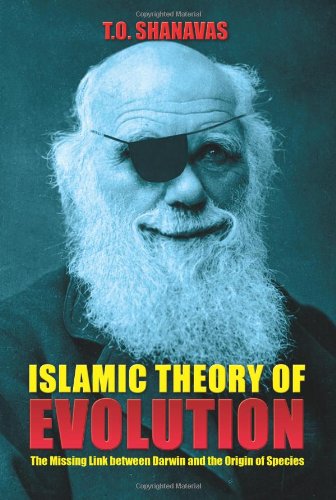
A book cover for Islamic Theory of Evolution: The Missing Link between Darwin and the Origin of Species; T. O. Shanavas; Religion & Spirituality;